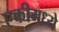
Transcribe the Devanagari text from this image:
एकीमध्ये